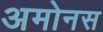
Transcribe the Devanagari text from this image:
अमोनस